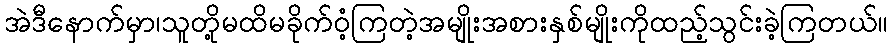
အဲဒီနောက်မှာ၊သူတို့မထိမခိုက်ဝံ့ကြတဲ့အမျိုးအစားနှစ်မျိုးကိုထည့်သွင်းခဲ့ကြတယ်။